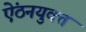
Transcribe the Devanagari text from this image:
ऐंठनयुक्त